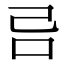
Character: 𠮯